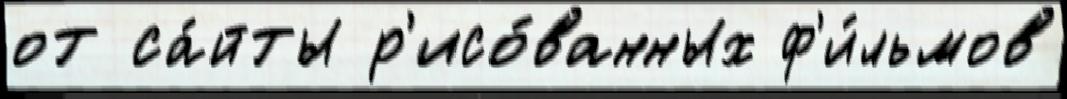
от са́йты р'исо́ванных ф'и́льмов